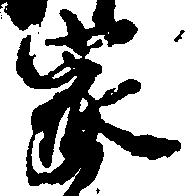
家